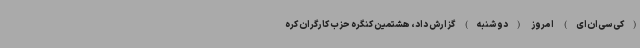
(کی‌سی‌ان‌ای) امروز (دوشنبه) گزارش داد، هشتمین کنگره حزب کارگران کره